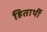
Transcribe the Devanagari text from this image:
हितार्थी